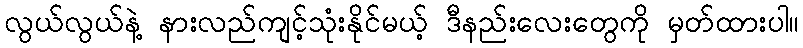
လွယ်လွယ်နဲ့ နားလည်ကျင့်သုံးနိုင်မယ့် ဒီနည်းလေးတွေကို မှတ်ထားပါ။